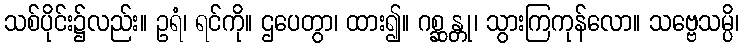
သစ်ပိုင်း၌လည်း။ ဥရံ၊ ရင်ကို။ ဌပေတွာ၊ ထား၍။ ဂစ္ဆန္တု၊ သွားကြကုန်လော။ သဗ္ဗေသမ္ပိ၊